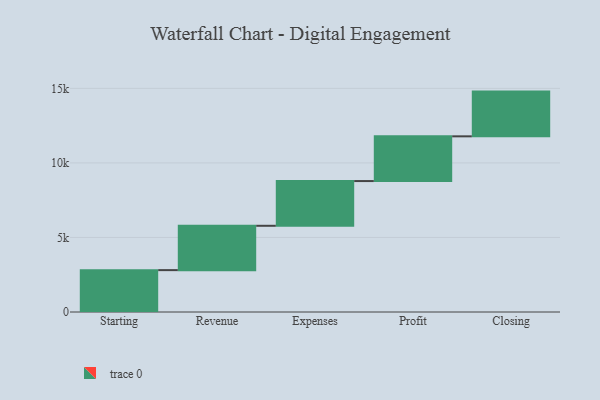
{"axis": {"x": "Step", "y": "Value"}, "legend": [""], "data": [{"x": "Starting", "y": 2808.0, "type": ""}, {"x": "Revenue", "y": 2974.0, "type": ""}, {"x": "Expenses", "y": 3000, "type": ""}, {"x": "Profit", "y": 3000, "type": ""}, {"x": "Closing", "y": 3000, "type": ""}]}